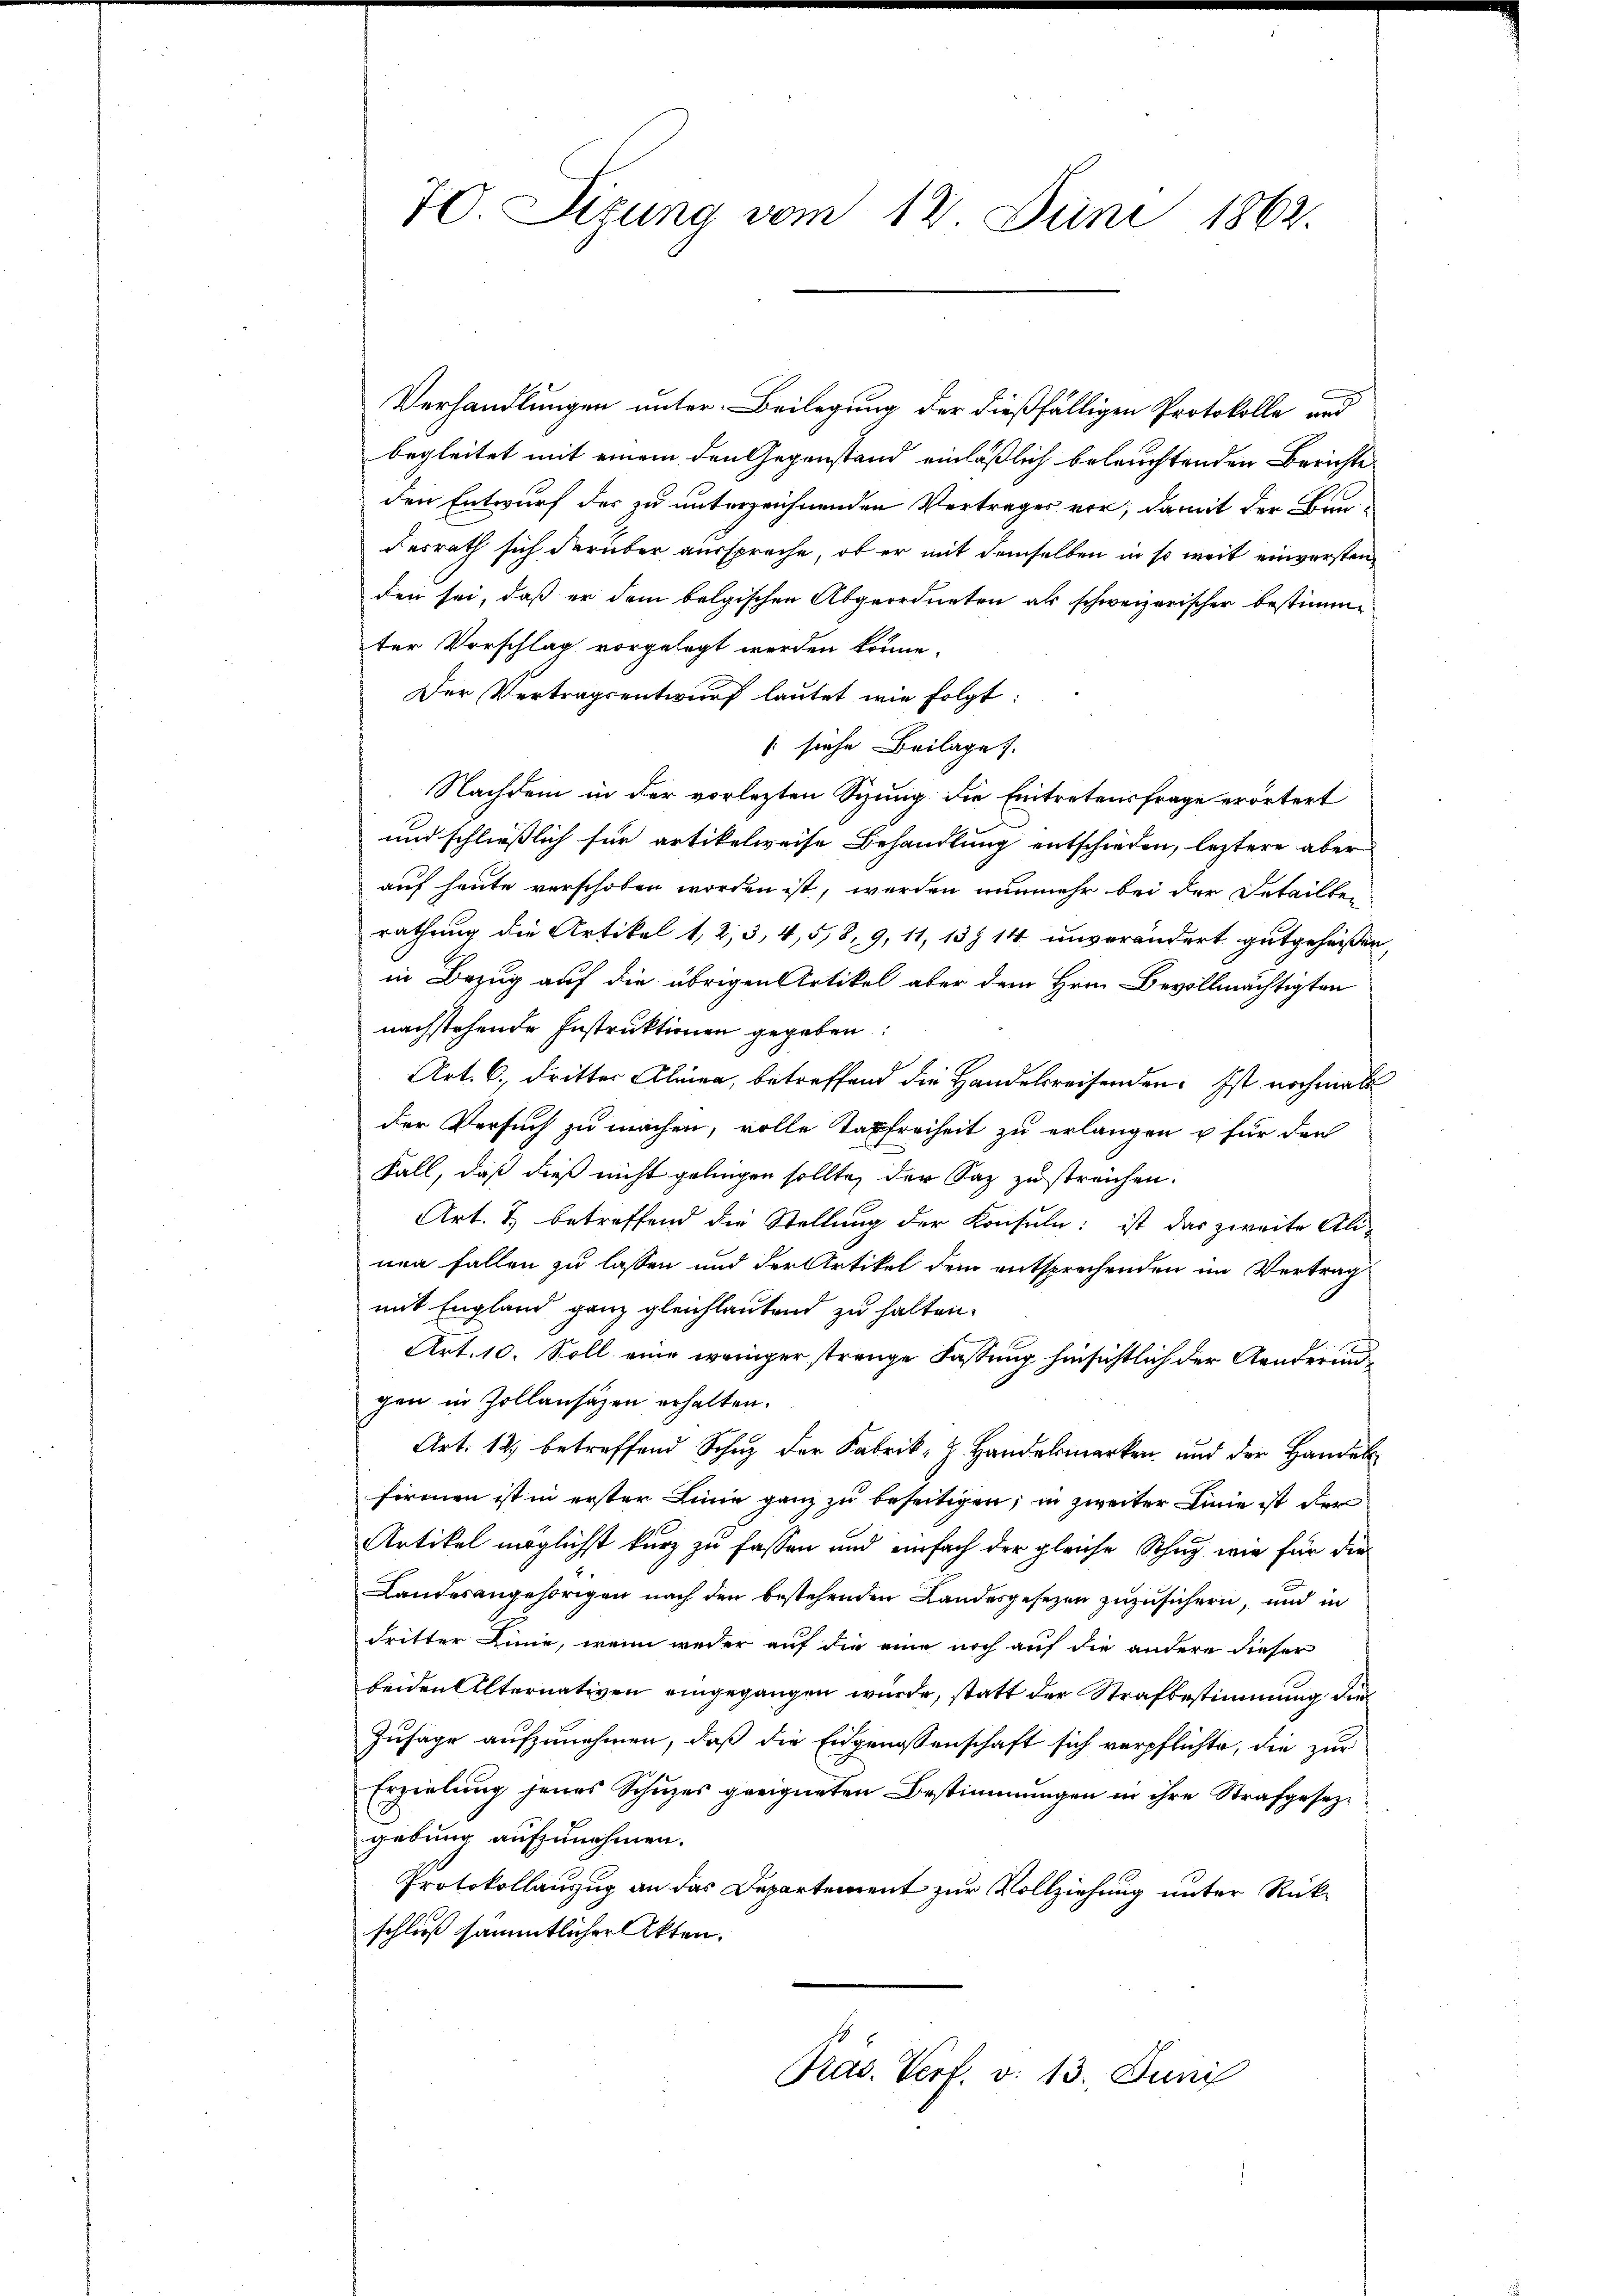
70. Sizung vom 18. Juni 1862.

Verhandlungen unter. Beilegung der dießfälligen Protokolle und
begleitet mit einem den Gegenstand einläßlich beleuchtenden Berichte
den Entwurf der zu unterzeichnenden Vertrages vor, damit der Bau-
desrath sich darüber ausspreche, ob er mit demselben in so weit einverstenden sei, daß er dem belgischen Abgeordneten als schweizerischer bestimmter Vorschlag vorgelegt werden könne.
Der Vertragsentwurf lautet wie folgt:
(siehe Beilage.
Nachdem in der vorlezten Sizung die Eintretensfrage erörtert
und schließlich für artikelweise Behandlung entschieden, leztere aber
auf heute verschoben worden ist, werden nunmehr bei der Detailten
rathung die Artikel 1, 2, 3, 4, 518, 9, 11, 13 § 14 unverändert gutgeheissen,
in Bezug auf die übrigen Artikel aber dem Hrn. Bevollmächtigten
nachstehende Instruktionen gegeben:
Art. 6. dritter Kleine, betreffend die Handelsreisenden. Ist nochmal
der Versuch zu machen, volle Taxfreiheit zu erlangen u für den
Fall, daß dieß nicht gelingen sollte, der Saz zu streichen.
Art. 2 betreffend die Stellung der Konsuln ist das zweite Ali-
nen Fallen zu lassen und der Artikel dem entsprechenden im Vertrag
mit England ganz gleichlautend zu halten.
Art. 10. Soll eine weniger strenge Fassung hinsichtlich der Aenderundgen in Zollansätzen erhalten.
Art. 12. betreffend Schuz der Fabrik- H. Handelsmarken, und der Handel
firmen ist in erster Linie ganz zu beseitigen; in zweiter Linie ist der
Artikel möglichst kurz zu fassen und einfach der gleiche Schug wie für die
Landesangehörigen nach den bestehenden Landesgesezen zuzusichern, und in
dritter Linie, wenn weder auf die eine noch auf die andere dieser
beiden Alternativen eingegangen wurde, statt der Strafbestimmung die
Zusage aufzunehmen, daß die Eidgenossenschaft sich verpflichte, die zur
Erzielŭng jenes Schŭzes geeigneten Bestimmungen in ihre Strafgesetz-
gebung aufzunehmen.
Protokollanzug an das Departement zur Vollziehung unter Rückschließ sämmtlicher Akten.

Präs. Verf. v. 13. Juni